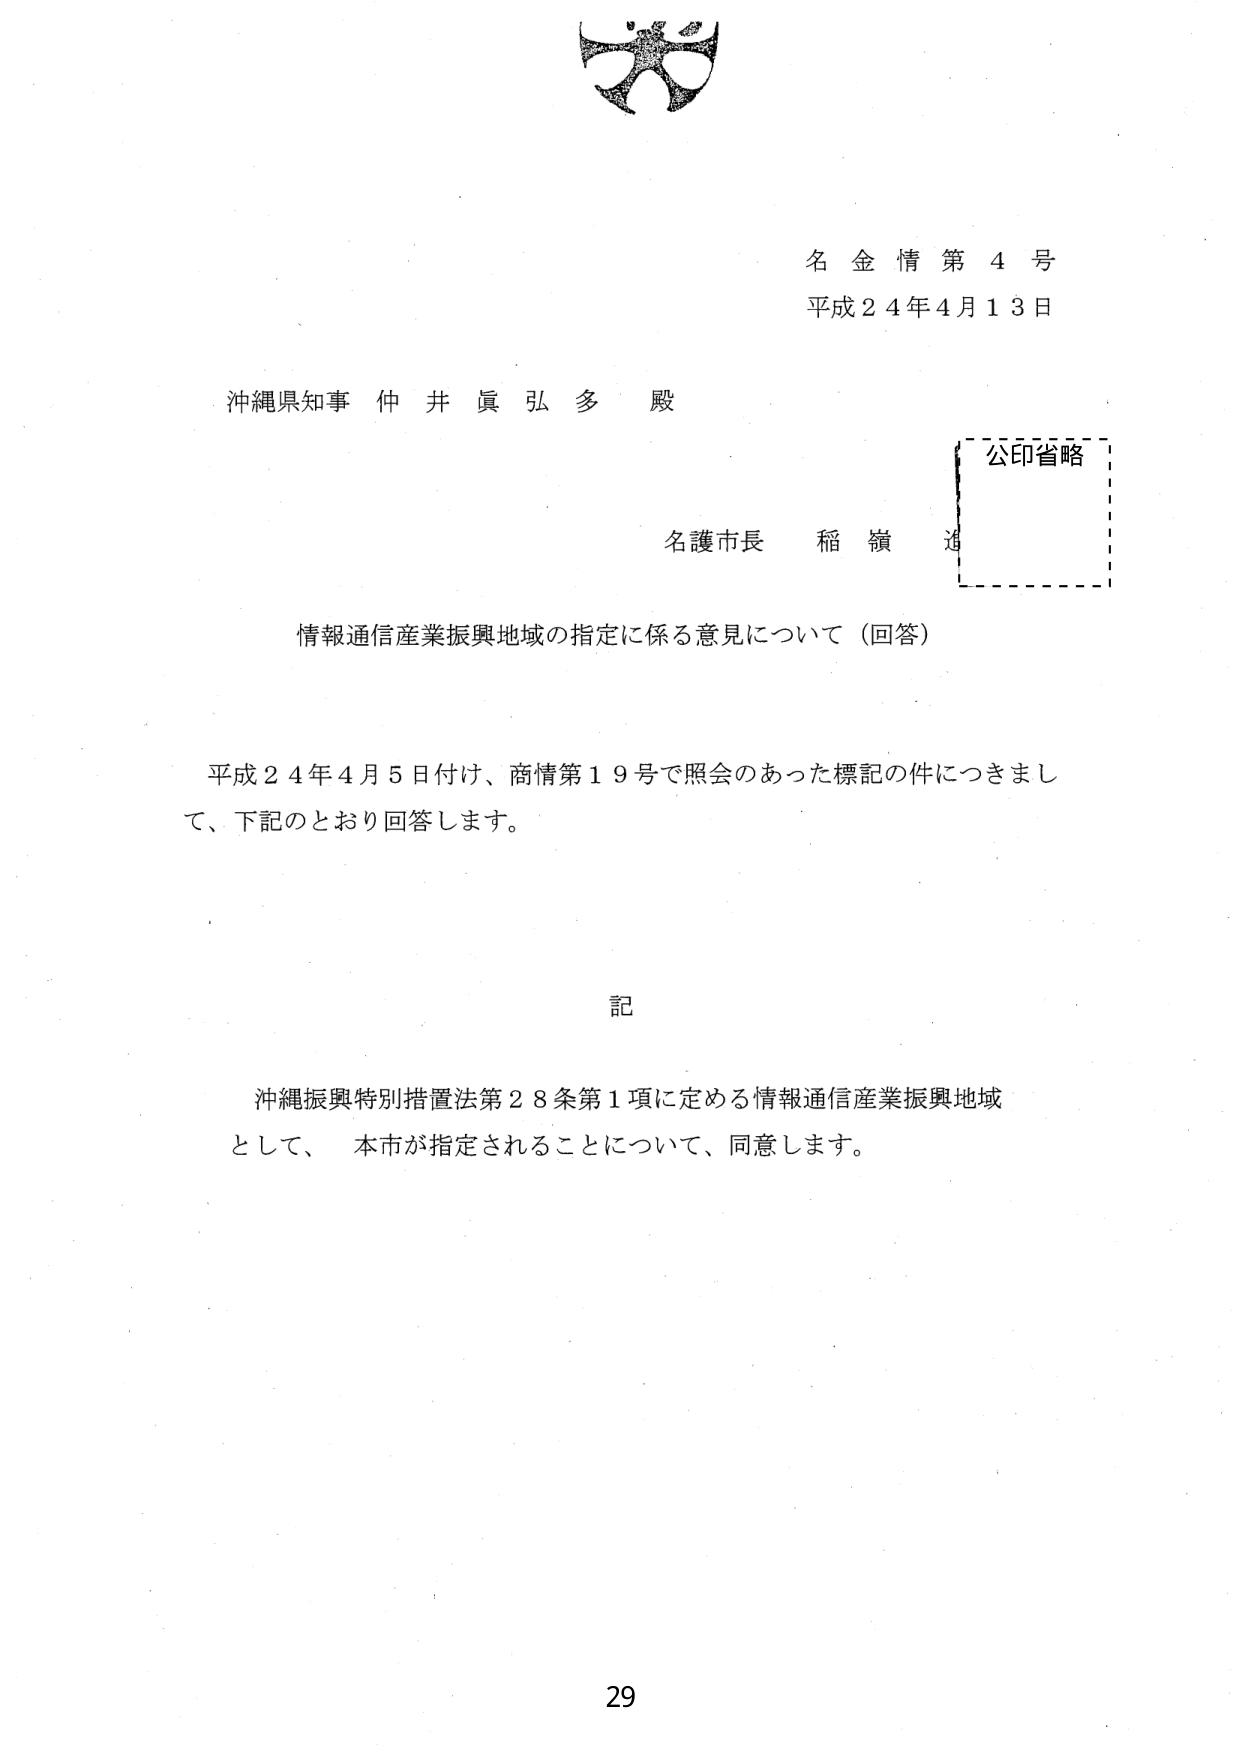
名金情第4号
平成24年4月13日

沖縄県知事 仲井眞弘多 殿

名護市長 稲嶺進

公印省略

情報通信産業振興地域の指定に係る意見について（回答）

平成24年4月5日付け、商情第19号で照会のあった標記の件につきまして、下記のとおり回答します。

記

沖縄振興特別措置法第28条第1項に定める情報通信産業振興地域として、本市が指定されることについて、同意します。

29